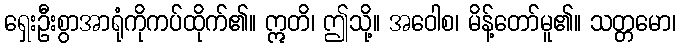
ရှေးဦးစွာအာရုံကိုကပ်ထိုက်၏။ ဣတိ၊ ဤသို့။ အဝေါစ၊ မိန့်တော်မူ၏။ သတ္တမော၊